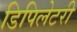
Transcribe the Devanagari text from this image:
डिपिलेटरी